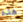
هذه